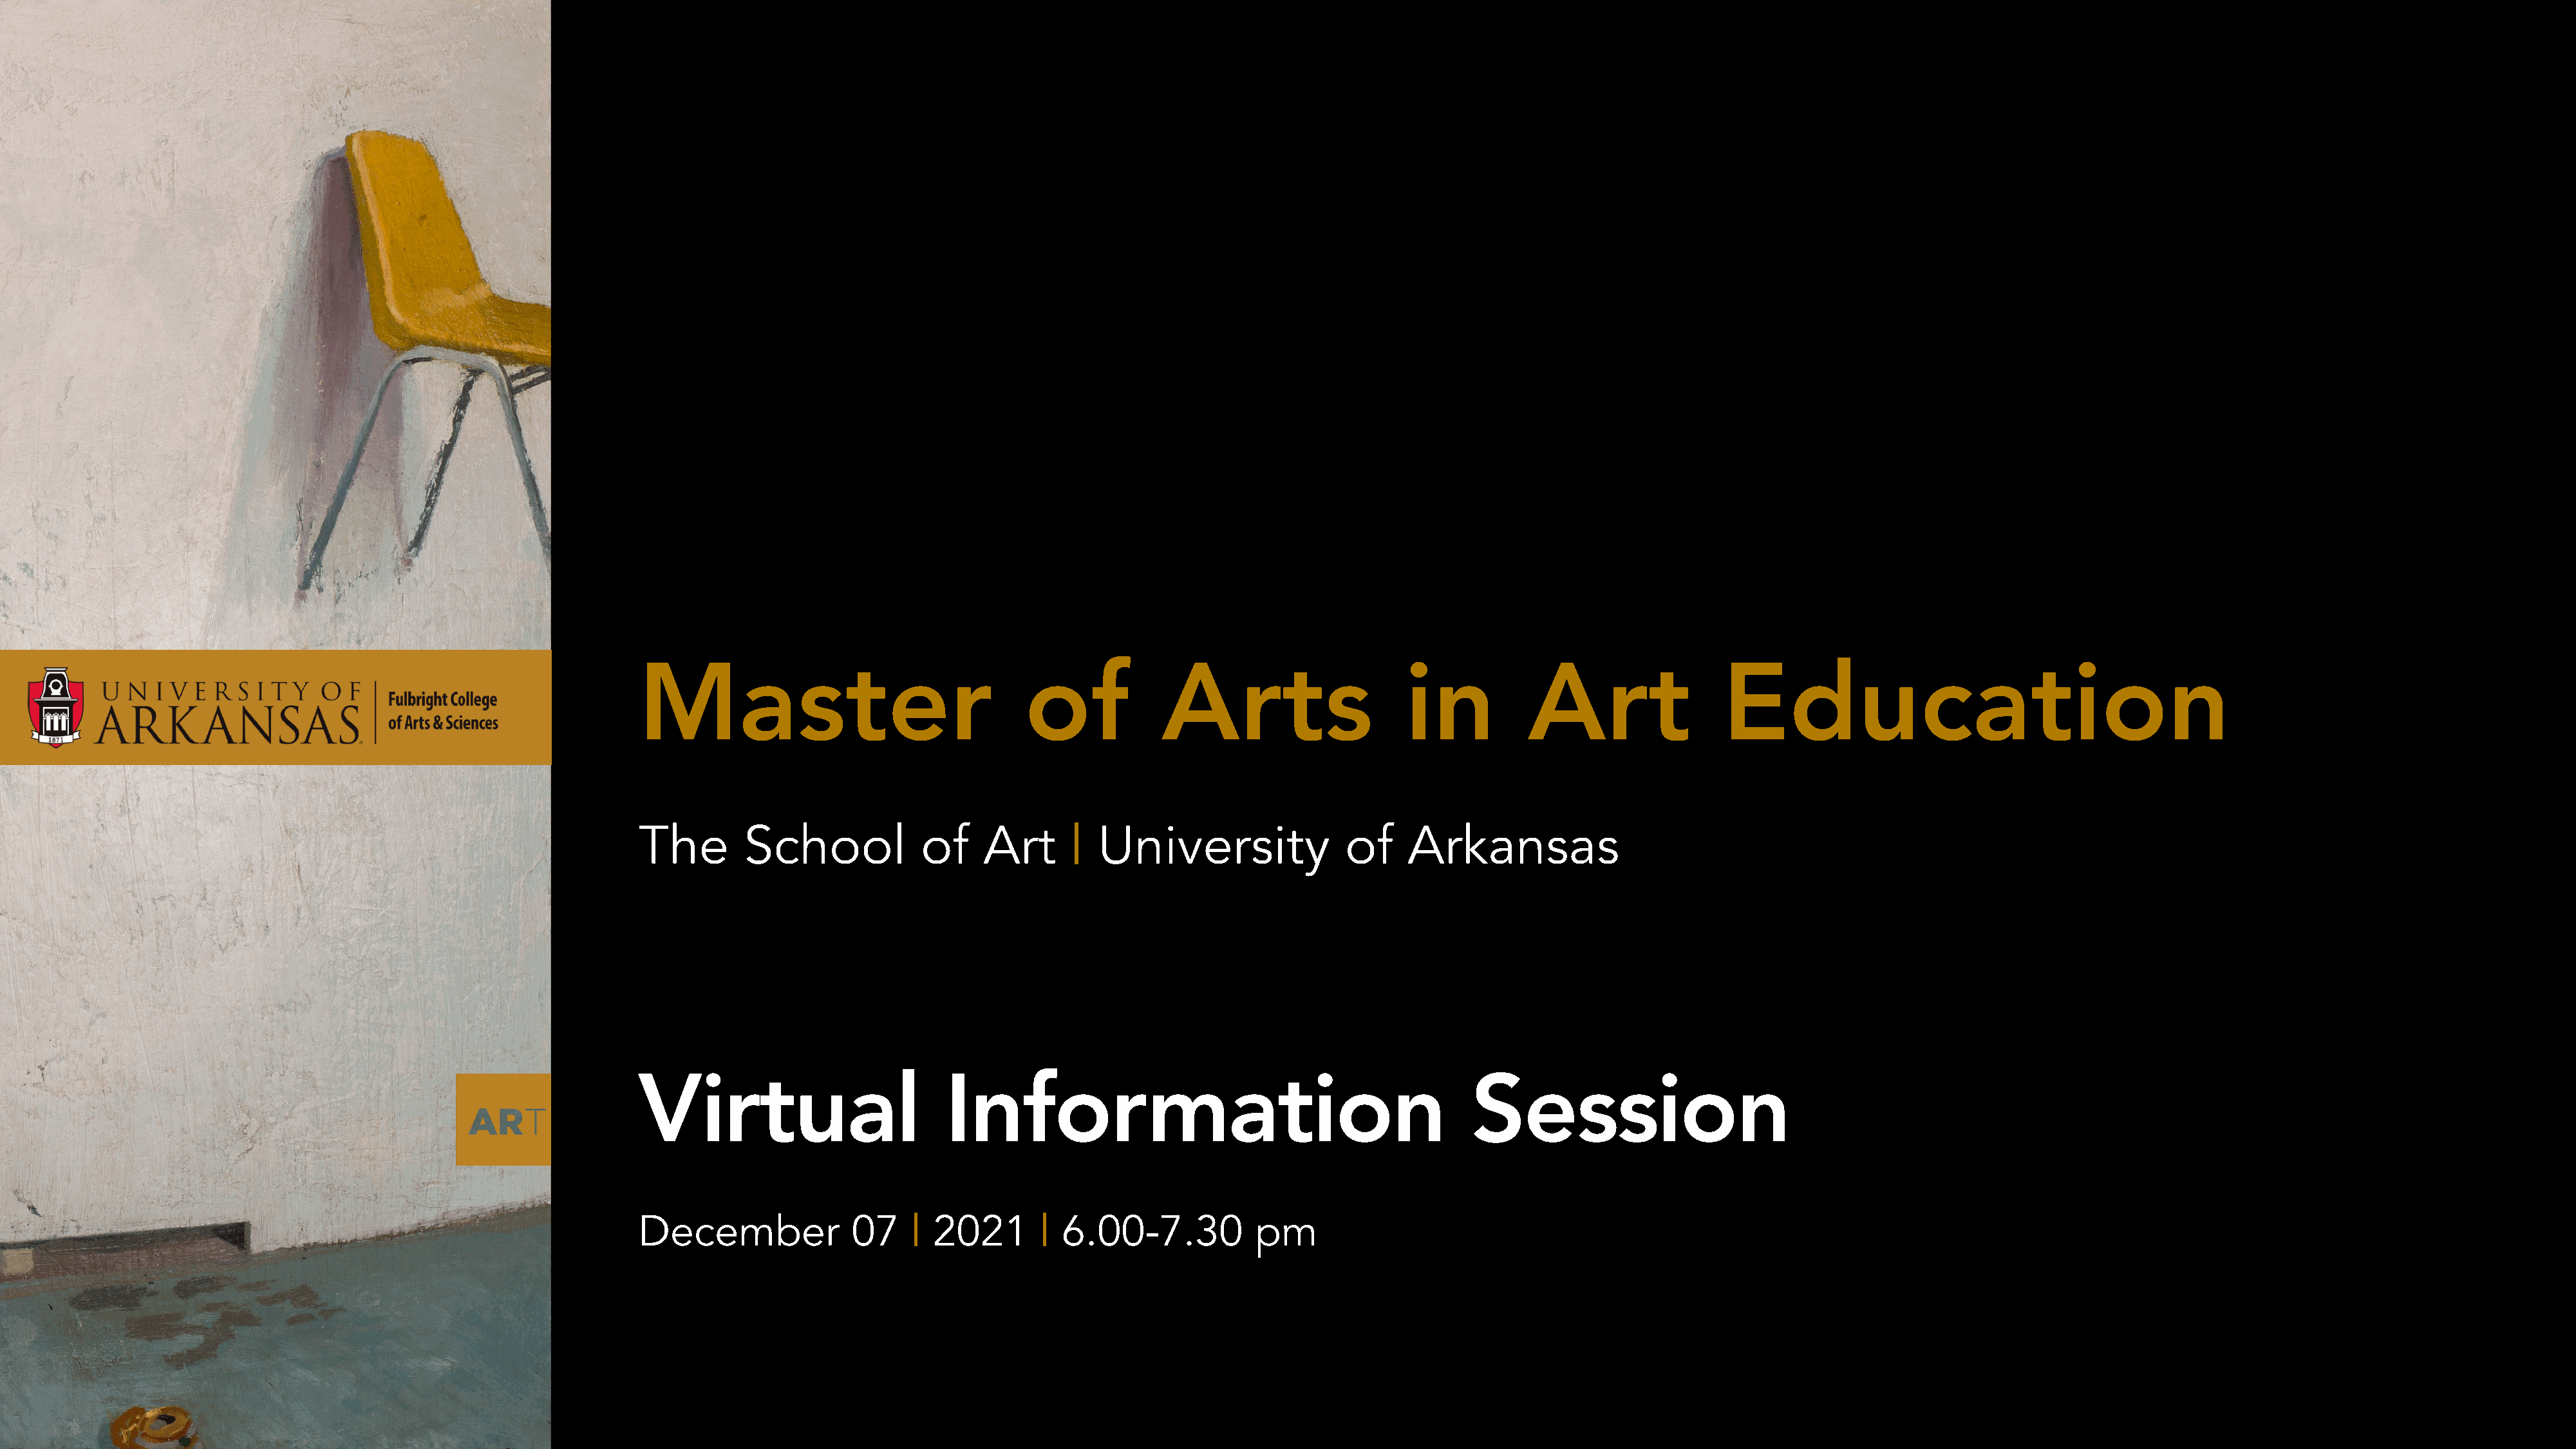
Master                                 of            Arts                     in           Art                 Education
 The       School             of    Art      |  University               of     Arkansas
 Virtual                        Information                                           Session
 December              07    | 2021       | 6.00-7.30           pm